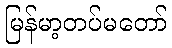
မြန်မာ့တပ်မတော်